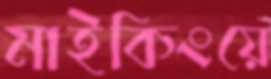
মাইকিংয়ে